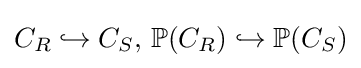
C_{R}\hookrightarrow C_{S},\,\mathbb {P} (C_{R})\hookrightarrow \mathbb {P} (C_{S})